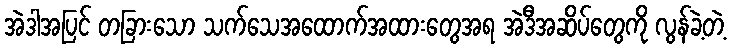
အဲဒါအပြင် တခြားသော သက်သေအထောက်အထားတွေအရ အဲဒီအဆိပ်တွေကို လွန်ခဲ့တဲ့